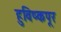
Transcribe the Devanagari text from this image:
हुविष्कपूर